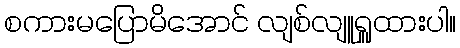
စကားမပြောမိအောင် လျစ်လျူရှူထားပါ။